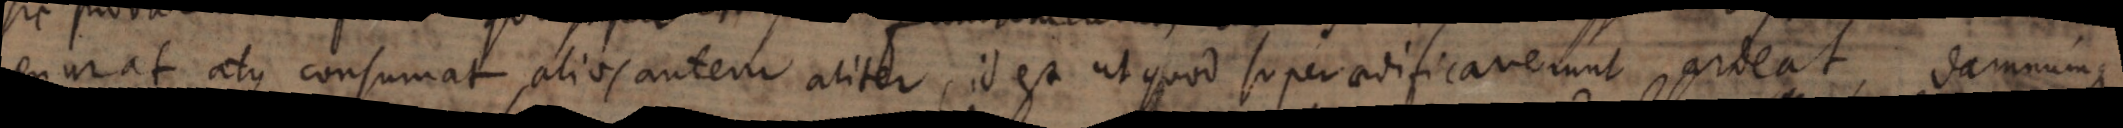
exurat atque consumat, alios autem aliter, id est ut quod superaedificaverunt ardeat, damnumque